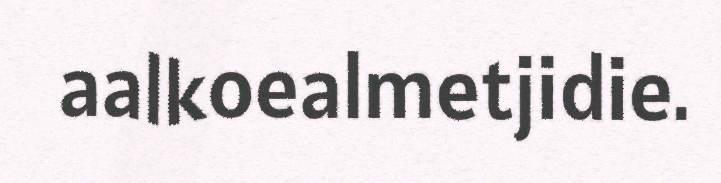
aalkoealmetjidie.